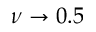
\nu \to 0 . 5